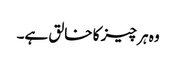
وہ ہر چیز کا خالق ہے۔